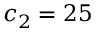
c _ { 2 } = 2 5